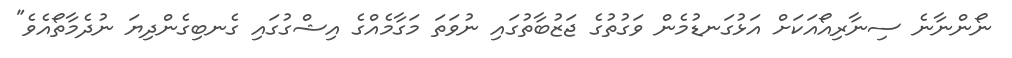
ނޯންނާނެ ސިނާރިއޯއަކަށް އަޅުގަނޑުމެން ވަގުތުގެ ޖަޒުބާތުގައި ނުވަތަ މަގާމެއްގެ އިޝްގުގައި ގެނބިގެންދިޔަ ނުދެމާތޯއެވެ"